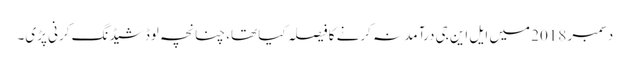
دسمبر 2018 میں ایل این جی درآمد نہ کرنے کا فیصلہ کیا تھا، چنانچہ لوڈ شیڈنگ کرنی پڑی۔